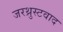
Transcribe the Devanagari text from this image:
जरथ्रुस्टवाद